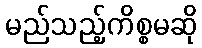
မည်သည့်ကိစ္စမဆို